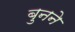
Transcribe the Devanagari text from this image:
बुुनने